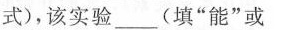
式)，该实验___(填“能”或